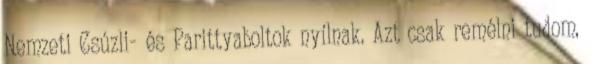
Nemzeti Csúzli- és Parittyaboltok nyílnak. Azt csak remélni tudom,